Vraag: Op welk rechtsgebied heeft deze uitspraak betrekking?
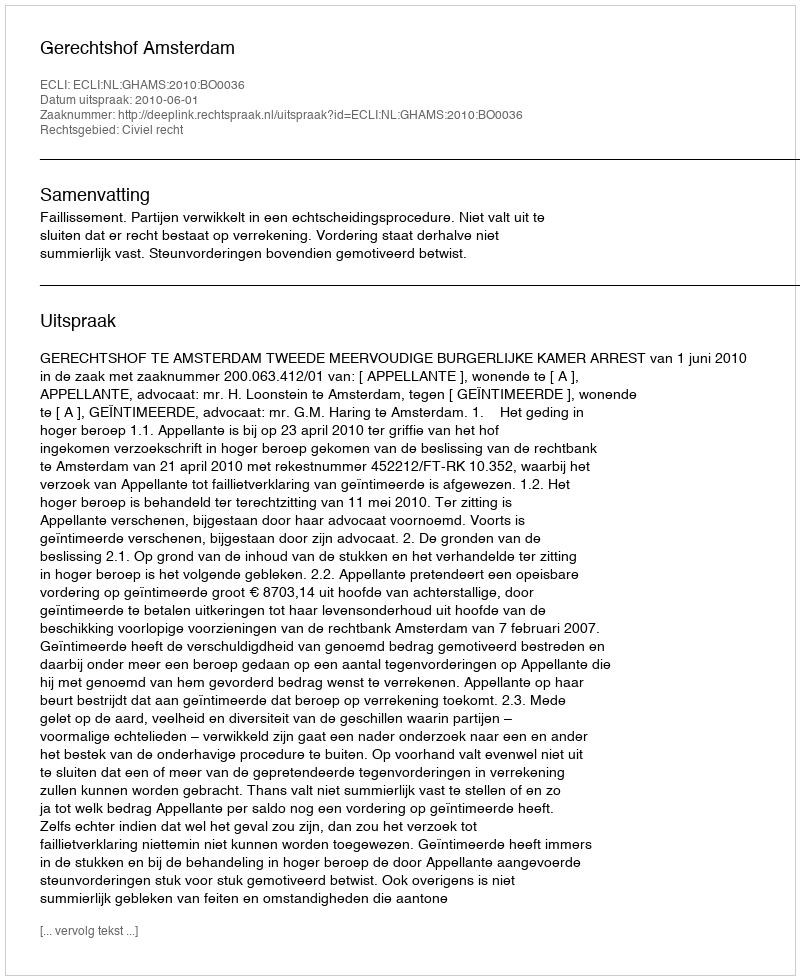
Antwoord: Civiel recht